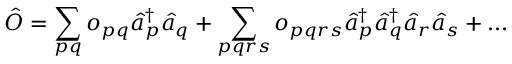
\hat { O } = \sum _ { p q } o _ { p q } \hat { a } _ { p } ^ { \dagger } \hat { a } _ { q } + \sum _ { p q r s } o _ { p q r s } \hat { a } _ { p } ^ { \dagger } \hat { a } _ { q } ^ { \dagger } \hat { a } _ { r } \hat { a } _ { s } + . . .